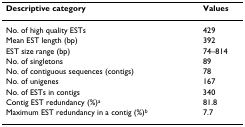
<table><thead><tr><td><b>Descriptive category</b></td><td><b>Values</b></td></tr></thead><tbody><tr><td>No. of high quality ESTs</td><td>429</td></tr><tr><td>Mean EST length (bp)</td><td>392</td></tr><tr><td>EST size range (bp)</td><td>74–814</td></tr><tr><td>No. of singletons</td><td>89</td></tr><tr><td>No. of contiguous sequences (contigs)</td><td>78</td></tr><tr><td>No. of unigenes</td><td>167</td></tr><tr><td>No. of ESTs in contigs</td><td>340</td></tr><tr><td>Contig EST redundancy (%)<sup>a</sup></td><td>81.8</td></tr><tr><td>Maximum EST redundancy in a contig (%)<sup>b</sup></td><td>7.7</td></tr></tbody></table>